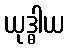
ယုဒ္ဓါယ